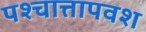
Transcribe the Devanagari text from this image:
पश्चात्तापवश